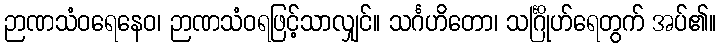
ဉာဏသံဝရေနေဝ၊ ဉာဏသံဝရဖြင့်သာလျှင်။ သင်္ဂဟိတော၊ သင်္ဂြိုဟ်ရေတွက် အပ်၏။